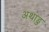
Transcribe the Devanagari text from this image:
अथाडु